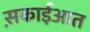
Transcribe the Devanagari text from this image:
स़काईआत